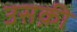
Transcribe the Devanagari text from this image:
उसक़ी